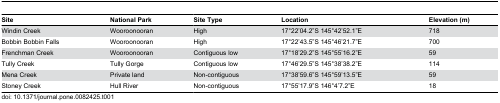
| Site | National Park | Site Type | Location | Elevation (m) |
 | --- | --- | --- | --- | --- |
 | Windin Creek | Wooroonooran | High | 17°22’04.2”S 145°42’52.1”E | 718 |
 | Bobbin Bobbin Falls | Wooroonooran | High | 17°22’43.5”S 145°46’21.7”E | 700 |
 | Frenchman Creek | Wooroonooran | Contiguous low | 17°18’29.2”S 145°55’16.2”E | 59 |
 | Tully Creek | Tully Gorge | Contiguous low | 17°46’29.5”S 145°38’38.2”E | 114 |
 | Mena Creek | Private land | Non-contiguous | 17°38’59.6”S 145°59’13.5”E | 59 |
 | Stoney Creek | Hull River | Non-contiguous | 17°55’17.9”S 146°4’7.2”E | 18 |